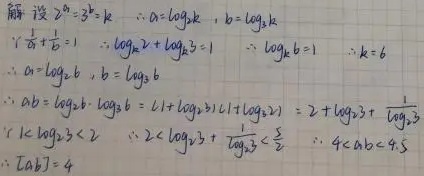
解 设\(2^{a}=3^{b}=k\)  \(\therefore a = \log_{2}k\)，\(b=\log_{3}k\)
\(\because\frac{1}{a}+\frac{1}{b}=1\)  \(\therefore\log_{k}2+\log_{k}3 = 1\)  \(\therefore\log_{k}6 = 1\)  \(\therefore k = 6\)
\(\therefore a=\log_{2}6\)，\(b=\log_{3}6\)
\(\therefore ab=\log_{2}6\cdot\log_{3}6=(1 + \log_{2}3)(1+\log_{3}2)=2+\log_{2}3+\frac{1}{\log_{2}3}\)
\(\because1<\log_{2}3<2\)  \(\therefore2<\log_{2}3+\frac{1}{\log_{2}3}<\frac{5}{2}\)  \(\therefore4< ab<4.5\)
\(\therefore [ab]=4\)